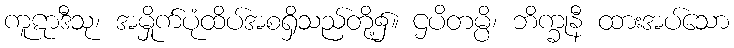
ကူဋာဒီသု၊ အမှိုက်ပုံထိပ်အစရှိသည်တို့၌။ ဌပိတမ္ပိ၊ ဘိက္ခုနီ ထားအပ်သော